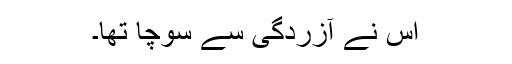
اس نے آزردگی سے سوچا تھا۔